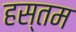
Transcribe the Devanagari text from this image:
हस्तम